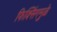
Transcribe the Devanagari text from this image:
फिक्सिंगमुळे